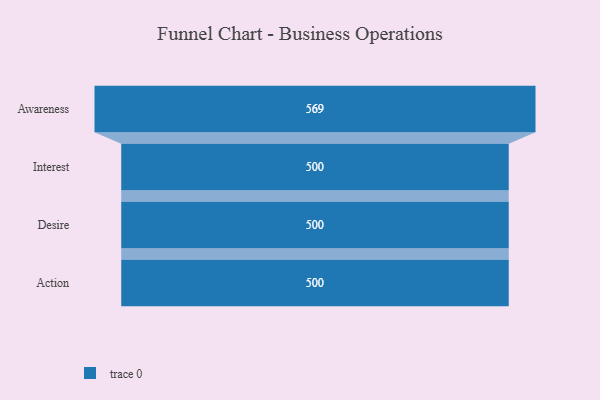
{"axis": {"x": "Stage", "y": "Value"}, "legend": [""], "data": [{"x": "Awareness", "y": 569.0, "type": ""}, {"x": "Interest", "y": 500, "type": ""}, {"x": "Desire", "y": 500, "type": ""}, {"x": "Action", "y": 500, "type": ""}]}